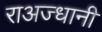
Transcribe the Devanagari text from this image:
राअज्धानी